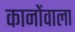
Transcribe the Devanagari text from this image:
कानोंवाला